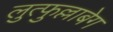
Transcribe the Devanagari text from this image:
लुत्फुल्लाबेग